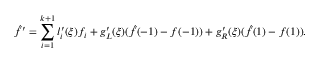
\hat { f } ^ { \prime } = \sum _ { i = 1 } ^ { k + 1 } l _ { i } ^ { \prime } ( \xi ) f _ { i } + g _ { L } ^ { \prime } ( \xi ) ( \hat { f } ( - 1 ) - f ( - 1 ) ) + g _ { R } ^ { \prime } ( \xi ) ( \hat { f } ( 1 ) - f ( 1 ) ) .